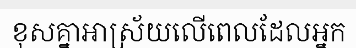
ខុសគ្នាអាស្រ័យលើពេលដែលអ្នក